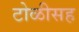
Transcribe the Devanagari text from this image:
टोळीसह